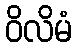
ဝိလိမံ